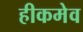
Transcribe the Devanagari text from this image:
हीकमेव